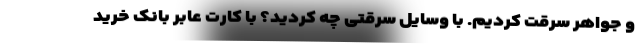
و جواهر سرقت کردیم. با وسایل سرقتی چه کردید؟ با کارت عابر بانک خرید